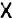
X